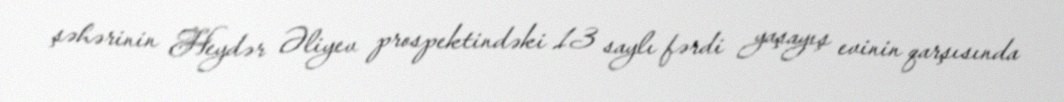
şəhərinin Heydər Əliyev prospektindəki 13 saylı fərdi yaşayış evinin qarşısında